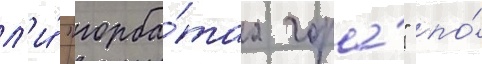
л'и́ "горба́таа гора́" по́